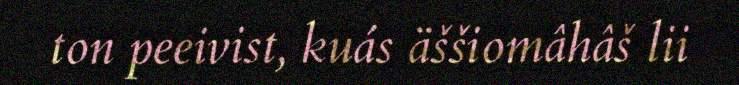
ton peeivist, kuás äššiomâhâš lii